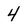
Character: 4